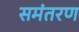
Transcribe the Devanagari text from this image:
समंतरण